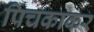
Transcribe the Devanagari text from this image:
पिचकाकर